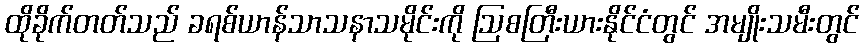
ထိုခိုက်တတ်သည် ခရစ်ယာန်သာသနာသမိုင်းကို ဩစတြီးယားနိုင်ငံတွင် အမျိုးသမီးတွင်